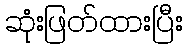
ဆုံးဖြတ်ထားပြီး